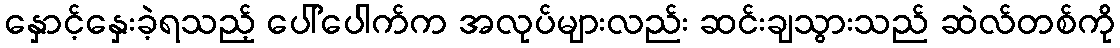
နှောင့်နှေးခဲ့ရသည့် ပေါ်ပေါက်က အလုပ်များလည်း ဆင်းချသွားသည် ဆဲလ်တစ်ကို